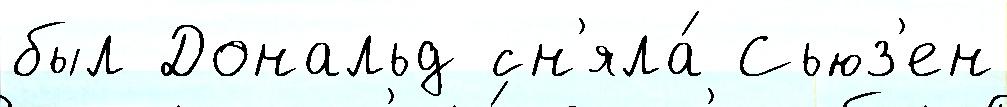
был Дональд сн'яла́ Сьюз'ен